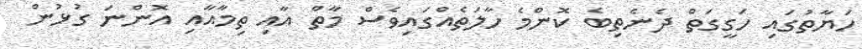
ހަޔާތުގައި ހަގީގަތް ދެނެތިބެ ކޮންމެ ހާލަތެއްގައިވެސް މާތް އާއި ތިމާއާއި އޮންނަ ގުޅުން